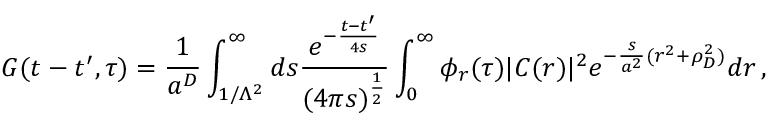
G ( t - t ^ { \prime } , \tau ) = \frac { 1 } { a ^ { D } } \int _ { 1 / \Lambda ^ { 2 } } ^ { \infty } d s \frac { e ^ { - \frac { t - t ^ { \prime } } { 4 s } } } { ( 4 \pi s ) ^ { \frac { 1 } { 2 } } } \int _ { 0 } ^ { \infty } \phi _ { r } ( \tau ) | C ( r ) | ^ { 2 } e ^ { - \frac { s } { a ^ { 2 } } ( r ^ { 2 } + \rho _ { D } ^ { 2 } ) } d r \, ,